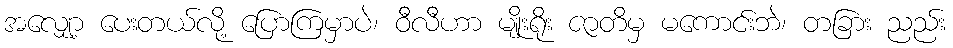
အလျှော့ ပေးတယ်လို့ ပြောကြမှာပဲ၊ ဝီလီဟာ မျိုးရိုး ဇာတိမှ မကောင်းဘဲ၊ တခြား ညည်း